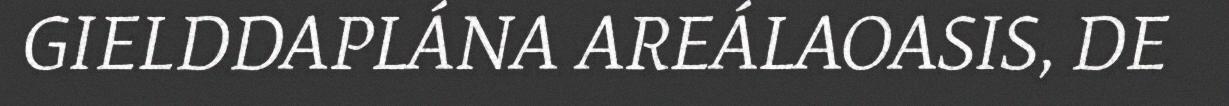
GIELDDAPLÁNA AREÁLAOASIS, DE